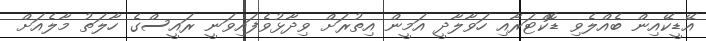
އޭޑީކޭއިން ބެއްލެވި ޑޮކްޓަރާއި ހަވާލާދީ އަމީން އިތުރަށް ވިދާޅުވެފައިވަނީ ރައީސްގެ ހާލަތު މާލެއަށް